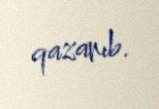
qazanıb.